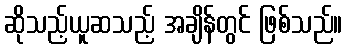
ဆိုသည့်ယူဆသည့် အချိန်တွင် ဖြစ်သည်။